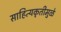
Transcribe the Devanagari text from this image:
साहित्यकृतीमुळे